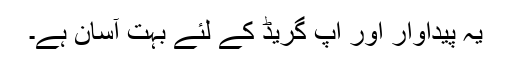
یہ پیداوار اور اپ گریڈ کے لئے بہت آسان ہے۔